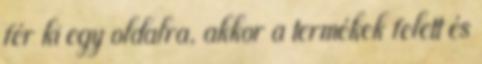
fér ki egy oldalra, akkor a termékek felett és